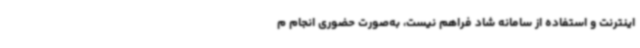
اینترنت و استفاده از سامانه شاد فراهم نیست، به‌صورت حضوری انجام م